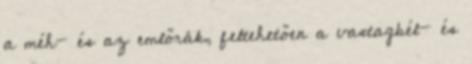
a méh- és az emlőrák, feltehetően a vastagbél- és